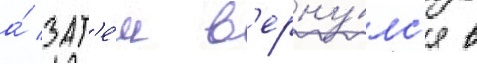
а́ зат'е́м в'ерну́лс'я в